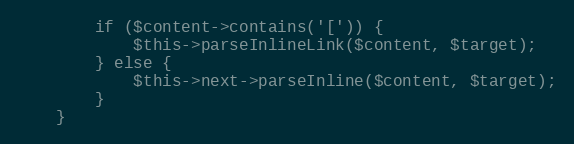
Language: PHP
        if ($content->contains('[')) {
            $this->parseInlineLink($content, $target);
        } else {
            $this->next->parseInline($content, $target);
        }
    }